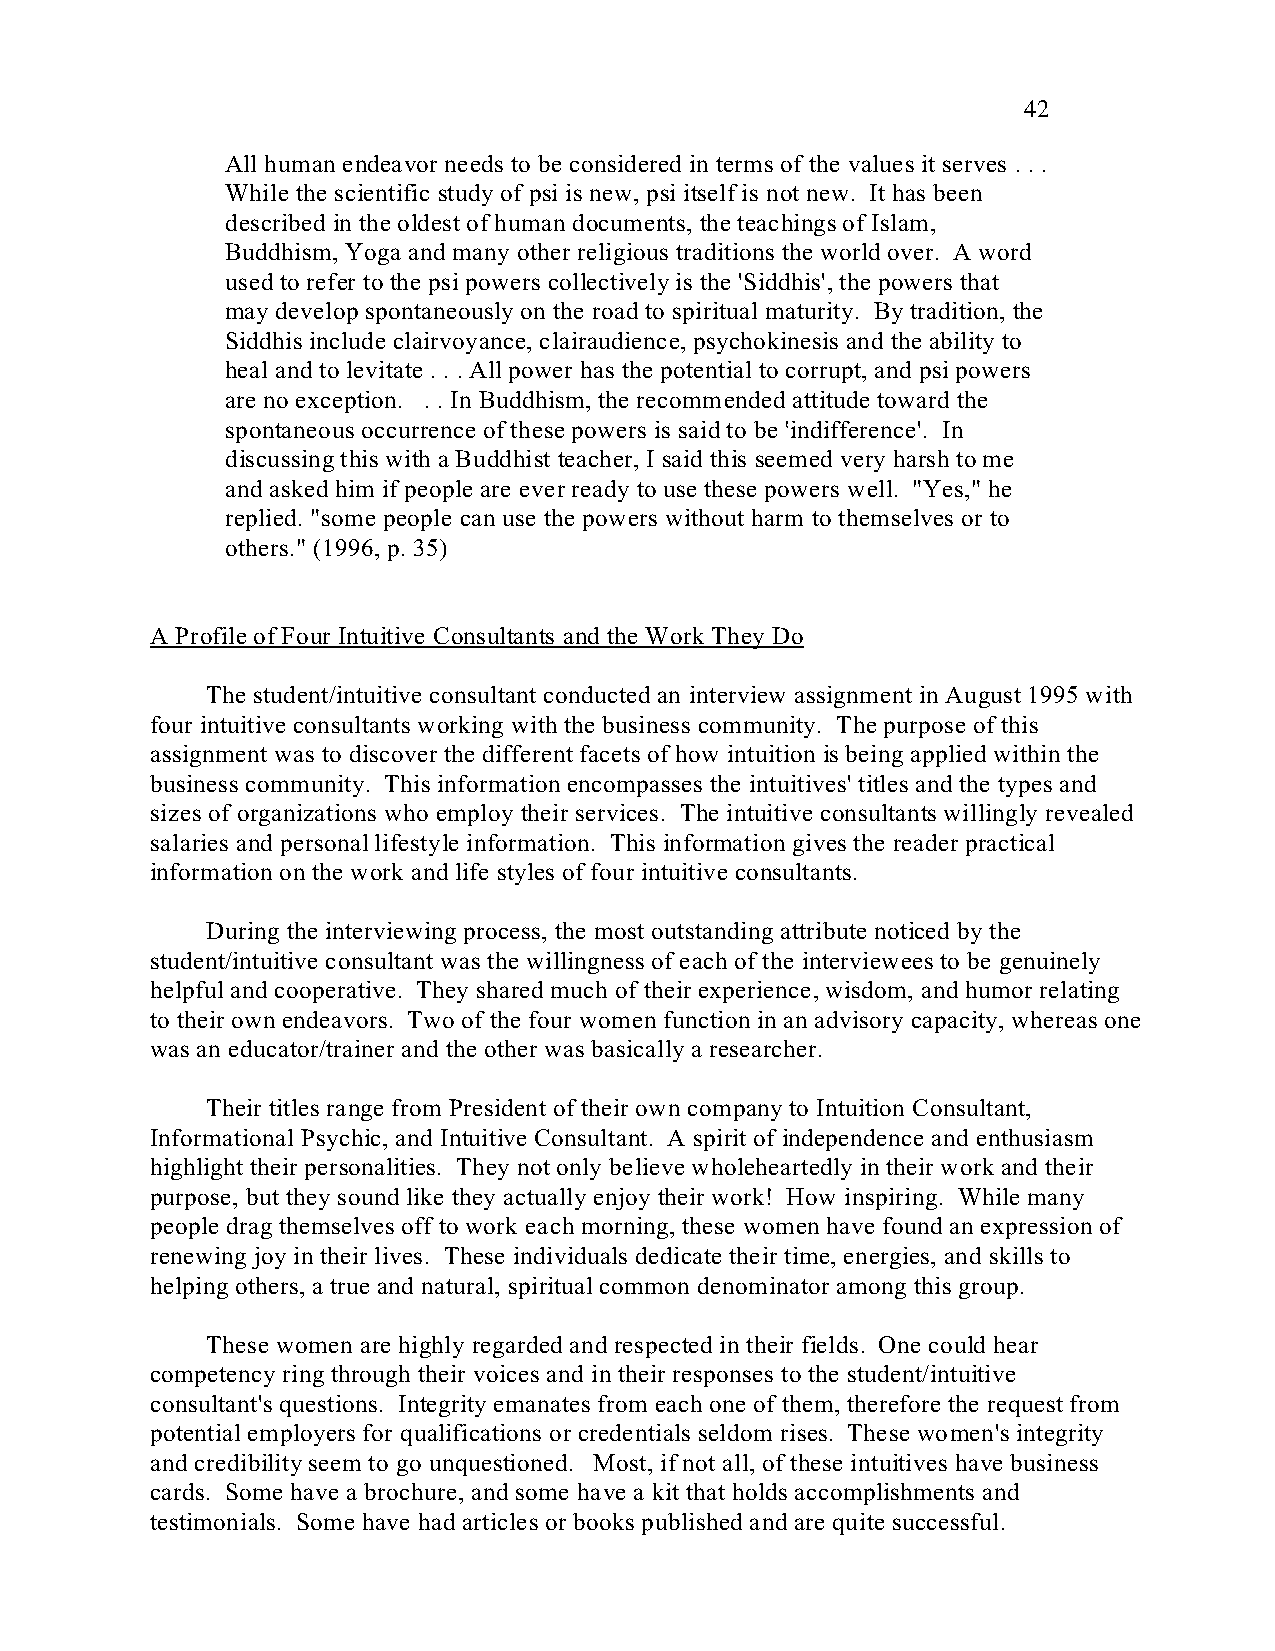
42
 All human endeavor needs to be considered in terms of the values it serves . . .
 While the scientific study of psi is new, psi itself is not new. It has been
 described in the oldest of human documents, the teachings of Islam,
 Buddhism, Yoga and many other religious traditions the world over. A word
 used to refer to the psi powers collectively is the 'Siddhis', the powers that
 may develop spontaneously on the road to spiritual maturity. By tradition, the
 Siddhis include clairvoyance, clairaudience, psychokinesis and the ability to
 heal and to levitate . . . All power has the potential to corrupt, and psi powers
 are no exception. . . In Buddhism, the recommended attitude toward the
 spontaneous occurrence of these powers is said to be <indifference'. In
 discussing this with a Buddhist teacher, I said this seemed very harsh to me
 and asked him if people are ever ready to use these powers well. "Yes," he
 replied. "some people can use the powers without harm to themselves or to
 others." (1996, p. 35)
 A Profile of Four Intuitive Consultants and the Work They Do
 The student/intuitive consultant conducted an interview assignment in August 1995 with
 four intuitive consultants working with the business community. The purpose of this
 assignment was to discover the different facets of how intuition is being applied within the
 business community. This information encompasses the intuitives' titles and the types and
 sizes of organizations who employ their services. The intuitive consultants willingly revealed
 salaries and personal lifestyle information. This information gives the reader practical
 information on the work and life styles of four intuitive consultants.
 During the interviewing process, the most outstanding attribute noticed by the
 student/intuitive consultant was the willingness of each of the interviewees to be genuinely
 helpful and cooperative. They shared much of their experience, wisdom, and humor relating
 to their own endeavors. Two of the four women function in an advisory capacity, whereas one
 was an educator/trainer and the other was basically a researcher.
 Their titles range from President of their own company to Intuition Consultant,
 Informational Psychic, and Intuitive Consultant. A spirit of independence and enthusiasm
 highlight their personalities. They not only believe wholeheartedly in their work and their
 purpose, but they sound like they actually enjoy their work! How inspiring. While many
 people drag themselves off to work each morning, these women have found an expression of
 renewing joy in their lives. These individuals dedicate their time, energies, and skills to
 helping others, a true and natural, spiritual common denominator among this group.
 These women are highly regarded and respected in their fields. One could hear
 competency ring through their voices and in their responses to the student/intuitive
 consultant's questions. Integrity emanates from each one of them, therefore the request from
 potential employers for qualifications or credentials seldom rises. These women's integrity
 and credibility seem to go unquestioned. Most, if not all, of these intuitives have business
 cards. Some have a brochure, and some have a kit that holds accomplishments and
 testimonials. Some have had articles or books published and are quite successful.